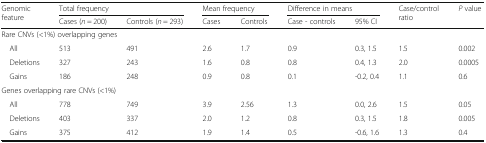
<table><thead><tr><td rowspan="2"><b>Genomic feature</b></td><td colspan="2"><b>Total frequency</b></td><td colspan="2"><b>Mean frequency</b></td><td colspan="2"><b>Difference in means</b></td><td rowspan="2"><b>Case/control ratio</b></td><td rowspan="2"><b><i>P</i> value</b></td></tr><tr><td><b>Cases (<i>n</i> = 200)</b></td><td><b>Controls (<i>n</i> = 293)</b></td><td><b>Cases</b></td><td><b>Controls</b></td><td><b>Case - controls</b></td><td><b>95% CI</b></td></tr></thead><tbody><tr><td colspan="9">Rare CNVs (&lt;1%) overlapping genes</td></tr><tr><td> All</td><td>513</td><td>491</td><td>2.6</td><td>1.7</td><td>0.9</td><td>0.3, 1.5</td><td>1.5</td><td>0.002</td></tr><tr><td> Deletions</td><td>327</td><td>243</td><td>1.6</td><td>0.8</td><td>0.8</td><td>0.4, 1.3</td><td>2.0</td><td>0.0005</td></tr><tr><td> Gains</td><td>186</td><td>248</td><td>0.9</td><td>0.8</td><td>0.1</td><td>-0.2, 0.4</td><td>1.1</td><td>0.6</td></tr><tr><td colspan="9">Genes overlapping rare CNVs (&lt;1%)</td></tr><tr><td> All</td><td>778</td><td>749</td><td>3.9</td><td>2.56</td><td>1.3</td><td>0.0, 2.6</td><td>1.5</td><td>0.05</td></tr><tr><td> Deletions</td><td>403</td><td>337</td><td>2.0</td><td>1.2</td><td>0.8</td><td>0.3, 1.5</td><td>1.8</td><td>0.005</td></tr><tr><td> Gains</td><td>375</td><td>412</td><td>1.9</td><td>1.4</td><td>0.5</td><td>-0.6, 1.6</td><td>1.3</td><td>0.4</td></tr></tbody></table>